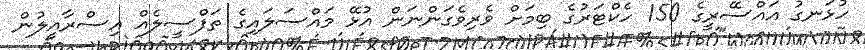
ހުޅަނގު އައްސޭރީގެ 150 ހެކްޓަރުގެ ބިމަށް ވެރިވެގަންނަން އުޅޭ މައްސަލައިގެ ތަފްސީލެއް އިސްރާއީލުން